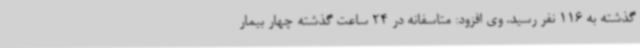
گذشته به 116 نفر رسید. وی افزود: متاسفانه در 24 ساعت گذشته چهار بیمار